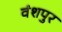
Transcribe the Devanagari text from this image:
वंशपुर